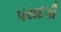
પસદગી